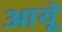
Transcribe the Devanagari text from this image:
आयूे